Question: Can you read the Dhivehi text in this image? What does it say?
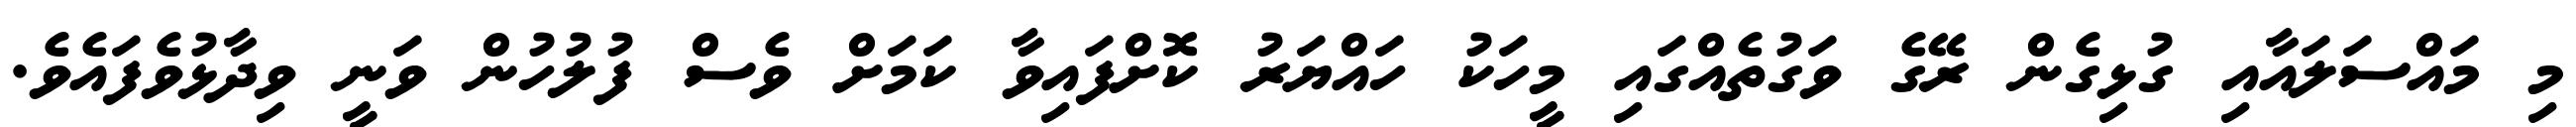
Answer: މި މައްސަލައާއި ގުޅިގެން ރޭގެ ވަގުތެއްގައި މީހަކު ހައްޔަރު ކޮށްފައިވާ ކަމަށް ވެސް ފުލުހުން ވަނީ ވިދާޅުވެފައެވެ.